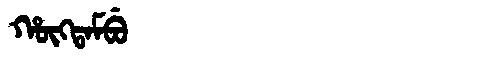
Manchu: ᡥᡡᡴᡨᠠᠮᠪᡠ
Romanization: HŪKTAMBU